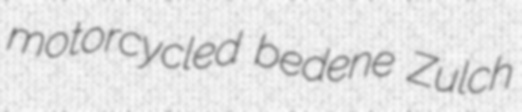
motorcycled bedene Zulch